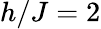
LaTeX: h/J=2